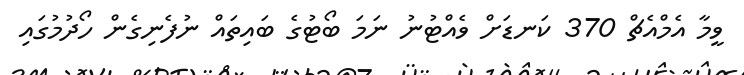
ވީމާ އެމްއެޗް 370 ކަނޑަށް ވެއްޓުނު ނަމަ ބޯޓުގެ ބައިތައް ނުފެނިގެން ހޯދުމުގައި